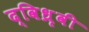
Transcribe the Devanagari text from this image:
द्विध्रृवी